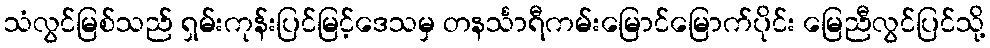
သံလွင်မြစ်သည် ရှမ်းကုန်းပြင်မြင့်ဒေသမှ တနင်္သာရီကမ်းမြောင်မြောက်ပိုင်း မြေညီလွင်ပြင်သို့